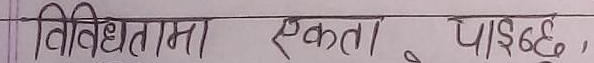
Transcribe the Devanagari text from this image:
विविधतामा एकता, पाईन्छ